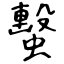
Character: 蟿